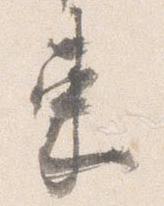
束